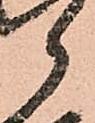
郎